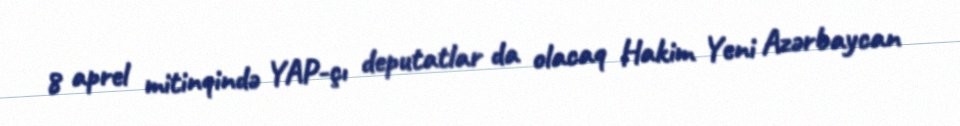
8 aprel mitinqində YAP-çı deputatlar da olacaq Hakim Yeni Azərbaycan